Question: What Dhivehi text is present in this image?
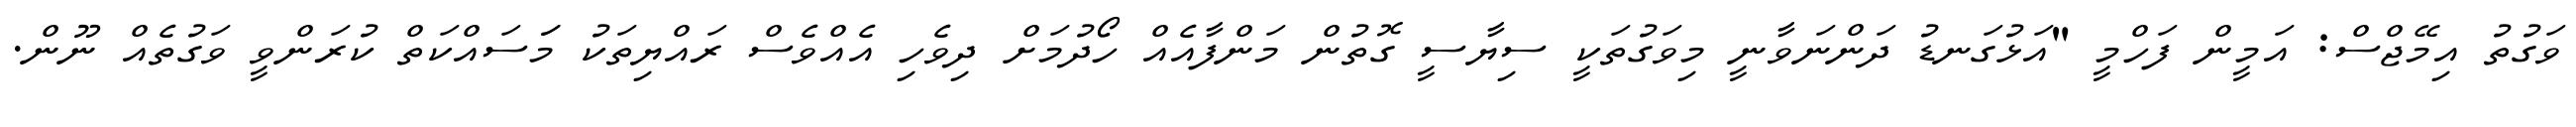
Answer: ވަގުތު އިމޭޖްސް: އަމީން ފަހްމީ "އަޅުގަނޑު ދަންނަވާނީ މިވަގުތަކީ ސިޔާސީ ގޮތުން މަންފާއެއް ހޯދުމަށް ދިވެހި އެއްވެސް ރައްޔިތަކު މަަސައްކަތް ކުރަންވީ ވަގުތެއް ނޫން.